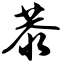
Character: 恭